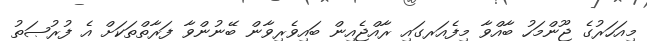
މިއަހަރުގެ ޖޫންމަހު ބާއްވާ މިފެއަރގައި ރާއްޖެއިން ބައިވެރިވާން ބޭނުންވާ ފަރާތްތަކަށް އެ ފުރުޞަތު